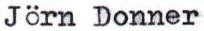
Jörn Donner